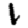
Digit: 1